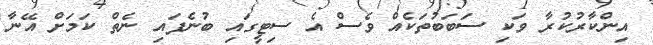
އިންކާރުކުރާ ވަކި ސަބަބުތަކެއް ވެސް އެ ސިޓީގައި ބުނެފައި ނެތް ކަމަށް އޭނާ